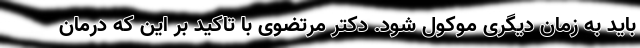
باید به زمان دیگری موکول شود. دکتر مرتضوی با تاکید بر این که درمان